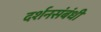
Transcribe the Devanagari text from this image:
दर्शनसंबंधी